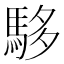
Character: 䮈